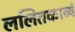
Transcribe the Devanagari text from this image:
ललितकाव्ये